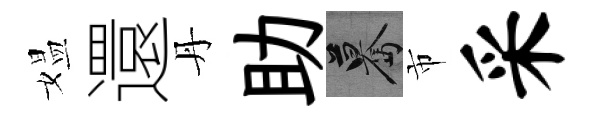
媪還丹助驀市采